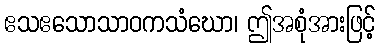
ဧသဧသောသာဝကသံဃော၊ ဤအစုံအားဖြင့်